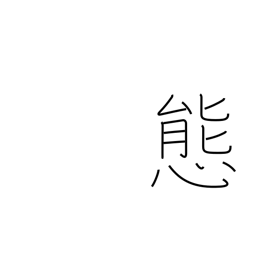
Meaning: attitude